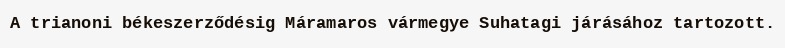
A trianoni békeszerződésig Máramaros vármegye Suhatagi járásához tartozott.